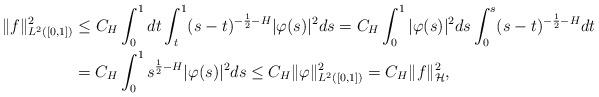
LaTeX: \begin{align*}\|f\|_{L^{2}([0,1])}^{2} & \leq C_{H}\int_{0}^{1}dt\int_{t}^{1}(s-t)^{-\frac{1}{2}-H}|\varphi(s)|^{2}ds =C_{H}\int_{0}^{1}|\varphi(s)|^{2}ds\int_{0}^{s}(s-t)^{-\frac{1}{2}-H}dt \\ & =C_{H}\int_{0}^{1}s^{\frac{1}{2}-H} |\varphi(s)|^{2}ds \leq C_{H}\|\varphi\|_{L^{2}([0,1])}^{2} =C_{H}\|f\|_{\mathcal{H}}^{2},\end{align*}